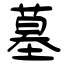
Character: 墓